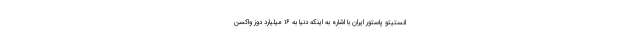
انستیتو پاستور ایران با اشاره به اینکه دنیا به ۱۶ میلیارد دوز واکسن